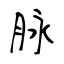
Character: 脉